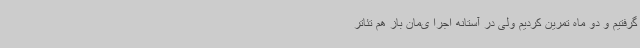
گرفتیم و دو ماه تمرین کردیم ولی در آستانه اجرا ی‌مان باز هم تئاتر